Civil Veterinary Department. Madras. Admin. report 1926-33 - 1926-1933
Year: 1926
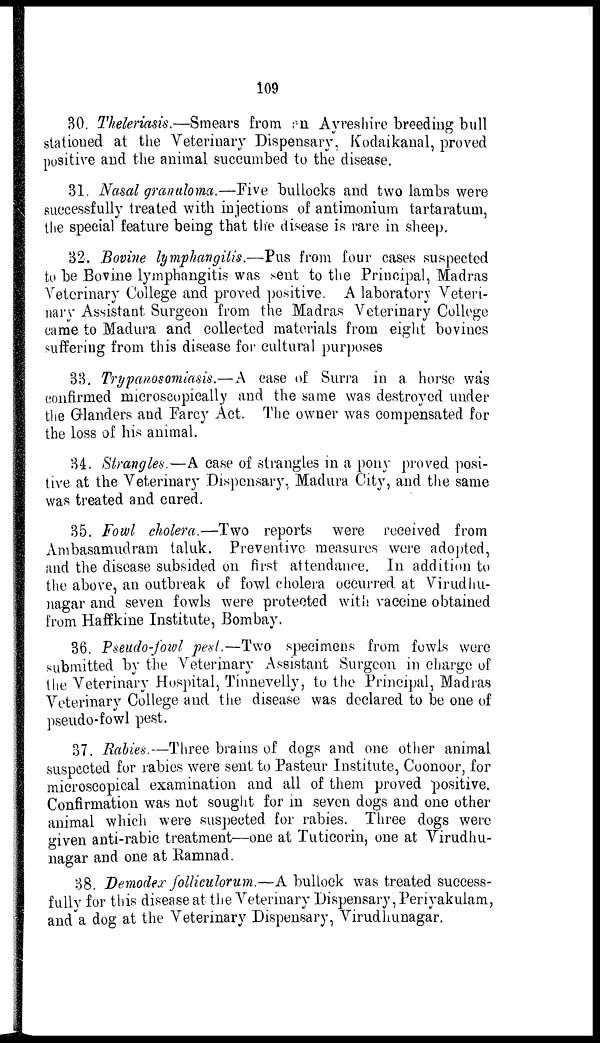
109
30. Theleriasis.—Smears from an Ayreshire breeding bull
stationed at the Veterinary Dispensary, Kodaikanal, proved
positive and the animal succumbed to the disease.
31. Nasal granuloma.—Five bullocks and two lambs were
successfully treated with injections of antimonium tartaratum,
the special feature being that the disease is rare in sheep.
32. Bovine lymphangitis.—Pus from four cases suspected
to be Bovine lymphangitis was sent to the Principal, Madras
Veterinary College and proved positive. A laboratory Veteri-
nary Assistant Surgeon from the Madras Veterinary College
came to Madura and collected materials from eight bovines
suffering from this disease for cultural purposes
33. Trypanosomiasis.—A case of Surra in a horse was
confirmed microscopically and the same was destroyed under
the Glanders and Farcy Act. The owner was compensated for
the loss of his animal.
34. Strangles.—A case of strangles in a pony proved posi-
tive at the Veterinary Dispensary, Madura City, and the same
was treated and cared.
35. Fowl cholera.—Two reports were received from
Ambasamudram taluk. Preventive measures were adopted,
and the disease subsided on first attendance. In addition to
the above, an outbreak of fowl cholera occurred at Virudhu-
nagar and seven fowls were protected with vaccine obtained
from Haffkine Institute, Bombay.
36. Pseudo-fowl pest.—Two specimens from fowls were
submitted by the Veterinary Assistant Surgeon in charge of
the Veterinary Hospital, Tinnevelly, to the Principal, Madras
Veterinary College and the disease was declared to be one of
pseudo-fowl pest.
37. Rabies.—Three brains of dogs and one other animal
suspected for rabies were sent to Pasteur Institute, Coonoor, for
microscopical examination and all of them proved positive.
Confirmation was not sought for in seven dogs and one other
animal which were suspected for rabies. Three dogs were
given anti-rabic treatment—one at Tuticorin, one at Virudhu-
nagar and one at Ramnad.
38. Demodex folliculorum.—A bullock was treated success-
fully for this disease at the Veterinary Dispensary, Periyakulam,
and a dog at the Veterinary Dispensary, Virudhunagar.